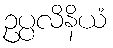
ဥပ္ပလိနိယံ